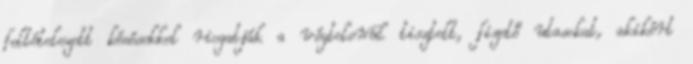
feltételezett késésekkel riogatják a végtelenül tisztelt, fizető utasokat, akikért